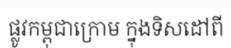
ផ្លូវកម្ពុជាក្រោម ក្នុងទិសដៅពី